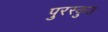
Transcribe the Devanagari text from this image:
पुरस्कुत